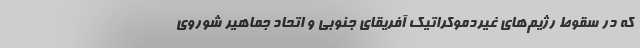
که در سقوط رژیم‌های غیردموکراتیک آفریقای جنوبی و اتحاد جماهیر شوروی